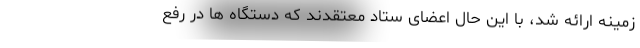
زمینه ارائه شد، با این حال اعضای ستاد معتقدند که دستگاه ها در رفع